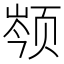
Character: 𬱣